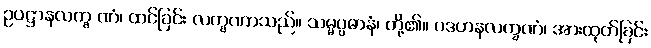
ဥပဋ္ဌာနလက္ခ ဏံ၊ ထင်ခြင်း လက္ခဏာသည်။ သမ္မပ္ပဓာနံ၊ တို့၏။ ပဒဟနလက္ခဏံ၊ အားထုတ်ခြင်း